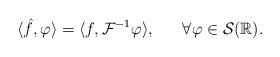
LaTeX: \begin{align*}\langle \hat f,\varphi\rangle=\langle f,\mathcal{F}^{-1}\varphi\rangle, \ \ \ \ \ \forall\varphi\in\mathcal{S}(\mathbb{R}).\end{align*}